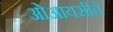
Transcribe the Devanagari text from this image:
ओआयसीचे